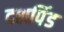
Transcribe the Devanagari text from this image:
दशपिंड